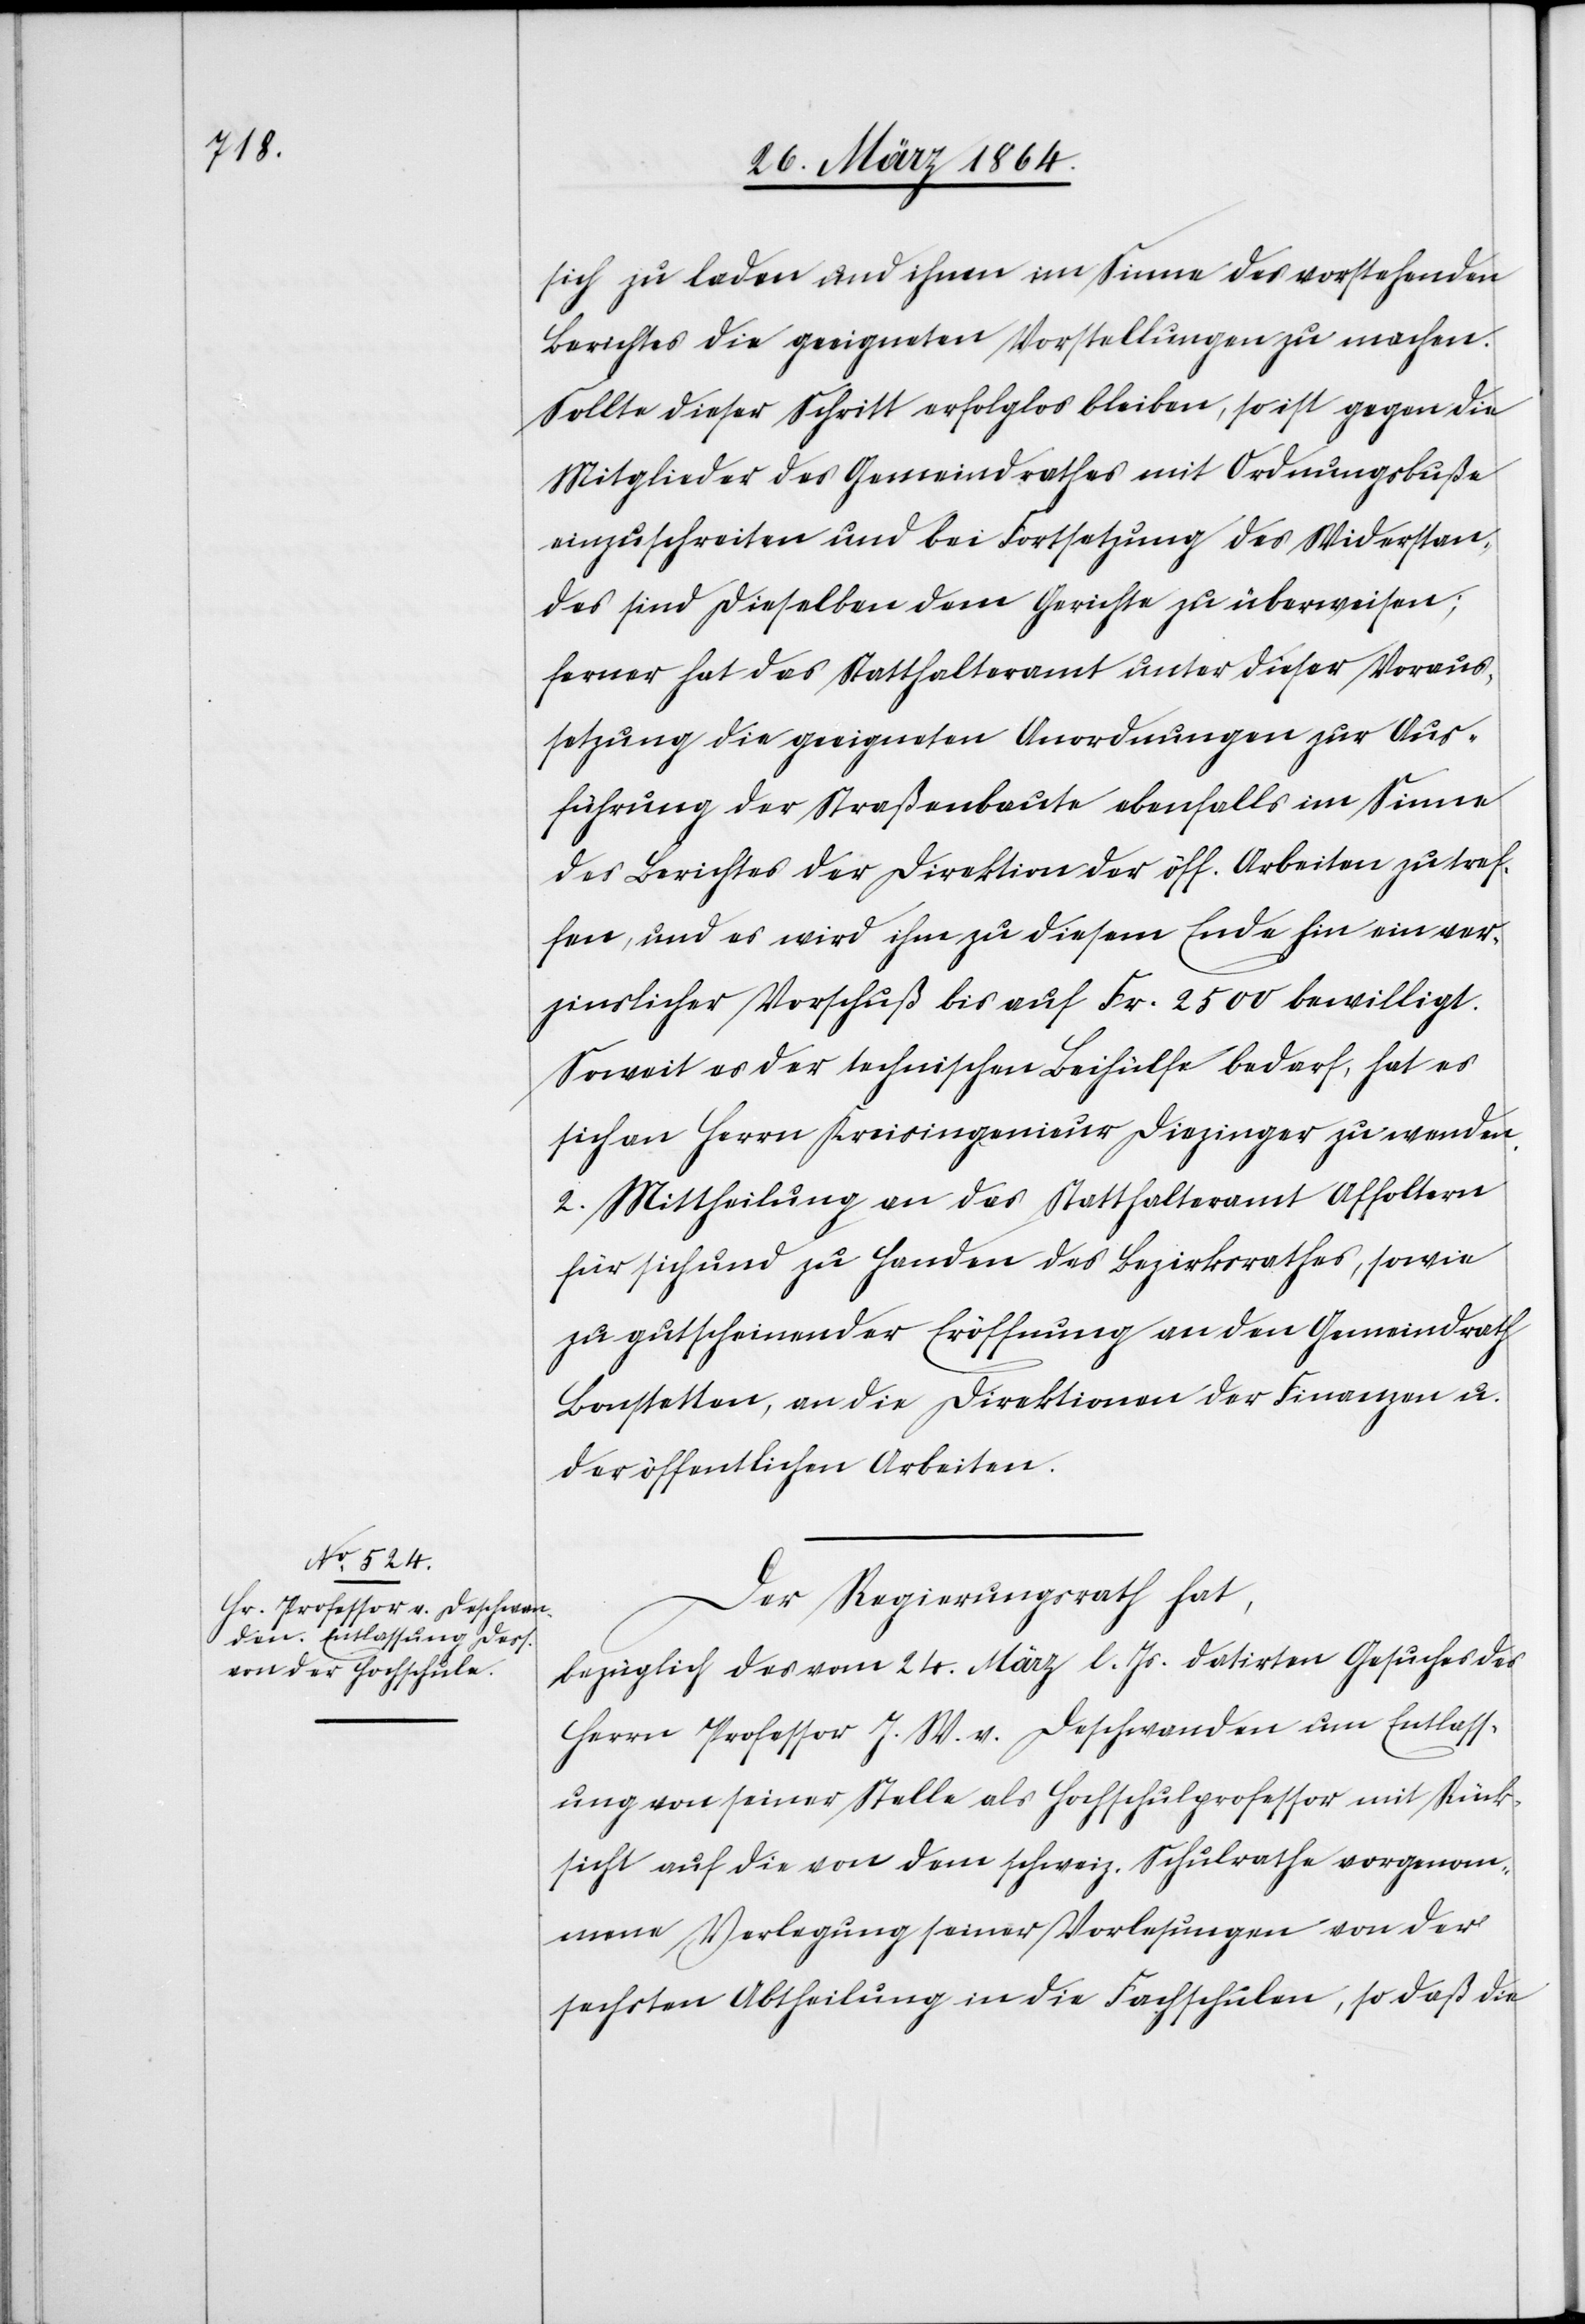
sich zu laden und ihnen im Sinne des vorstehenden
Berichtes die geeigneten Vorstellungen zu machen.
Sollte dieser Schritt erfolglos bleiben, so ist gegen die
Mitglieder des Gemeindrathes mit Ordnungsbuße
einzuschreiten und bei Fortsetzung des Widerstan¬
des sind dieselben dem Gerichte zu überweisen;
ferner hat das Statthalteramt unter dieser Voraus¬
setzung die geeigneten Anordnungen zur Aus¬
führung der Straßenbaute ebenfalls im Sinne
der Berichtes der Direktion der öff. Arbeiten zu tref¬
fen, und es wird ihm zu diesem Ende hin ein ver¬
zinslicher Vorschuß bis auf Fr. 2500 bewilligt.
Soweit es der technischen Beihülfe bedarf, hat es
sich an Herrn Kreisingenieur Diezinger zu wenden.
2. Mittheilung an das Statthalteramt Affoltern
für sich und zu Handen des Bezirksrathes, sowie
zu gutscheinender Eröffnung an den Gemeindrath
Bonstetten, an die Direktionen der Finanzen u.
der öffentlichen Arbeiten.
Der Regierungsrath hat,
bezüglich des vom 24. März datirten Gesuches des
Herrn Professor J. W. v. Deschwanden um Entlass¬
ung von seiner Stelle als Hochschulprofessor mit Rück¬
sicht auf die von dem schweiz. Schulrathe vorgenom¬
mene Verlegung seiner Vorlesungen von der
sechsten Abtheilung in die Fachschulen, so daß die